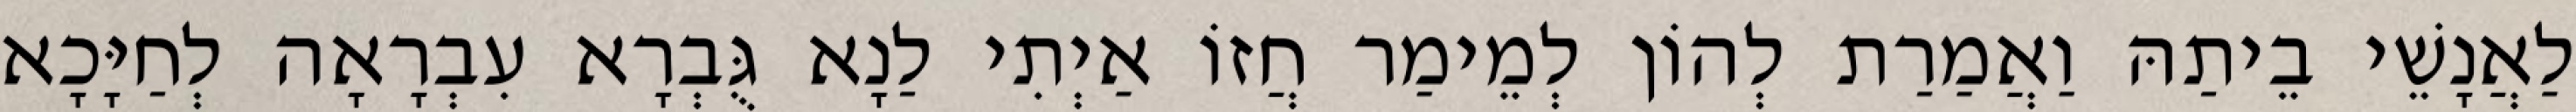
לַאֲנָשֵׁי בֵיתַהּ וַאֲמַרַת לְהוֹן לְמֵימַר חֲזוֹ אַיְתִי לַנָא גֻּבְרָא עִבְרָאָה לְחַיָּכָא